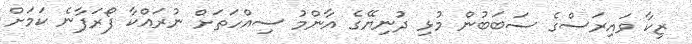
ޒިކާ ވައިރަސްގެ ސަބަބުން މުޅި ދުނިޔޭގެ އާންމު ސިއްހަތަށް ނުރައްކާ ފޯރަފާނެ ކަމަށް